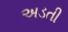
અડતી